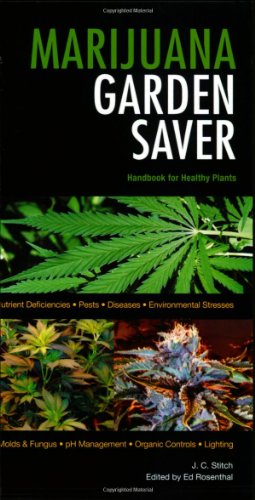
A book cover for Marijuana Garden Saver: Handbook for Healthy Plants; J.  C. Stitch; Crafts, Hobbies & Home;